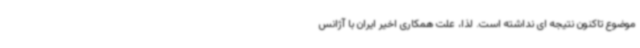
موضوع تاکنون نتیجه ای نداشته است. لذا، علت همکاری اخیر ایران با آژانس